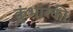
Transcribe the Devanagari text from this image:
कुंभारकी